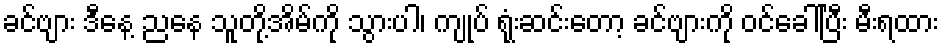
ခင်ဗျား ဒီနေ့ ညနေ သူတို့အိမ်ကို သွားပါ၊ ကျုပ် ရုံးဆင်းတော့ ခင်ဗျားကို ဝင်ခေါ်ပြီး မီးရထား